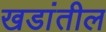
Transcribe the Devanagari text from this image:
खडांतील